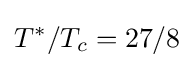
T^{*}/T_{c}=27/8